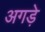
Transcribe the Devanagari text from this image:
अगड़े